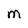
Character: M